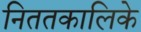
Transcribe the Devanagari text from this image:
निततकालिके